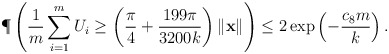
\begin{align*}\P\left( \frac{1}{m}\sum_{i=1}^m U_i \geq \left(\frac{\pi}{4}+\frac{199\pi}{3200k}\right)\|\mathbf{x}\| \right)\leq 2\exp\left(-\frac{c_8m}{k}\right).\end{align*}